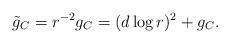
LaTeX: \begin{align*}\tilde g_C = r^{-2} g_C = (d \log r)^2 + g_C.\end{align*}